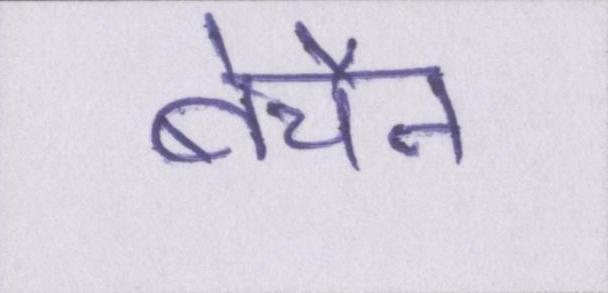
बेचैन